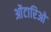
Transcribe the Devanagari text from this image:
ओंटारिओ